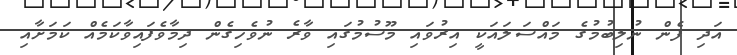
އަދި ފެން ނުލިބުމުގެ މައްސަލައަކީ އިރުވައި މޫސުމުގައި ވާރެ ނުވެހިގެން ދިމާވެފައިވާކަމެއް ކަމަށާއި